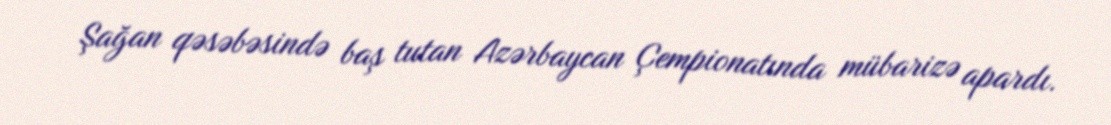
Şağan qəsəbəsində baş tutan Azərbaycan Çempionatında mübarizə apardı.